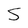
Character: S